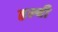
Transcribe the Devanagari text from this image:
हल्वी